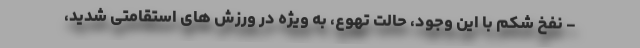
- نفخ شکم با این وجود، حالت تهوع، به ویژه در ورزش های استقامتی شدید،